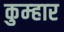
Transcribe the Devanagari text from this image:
कुम्‍हार